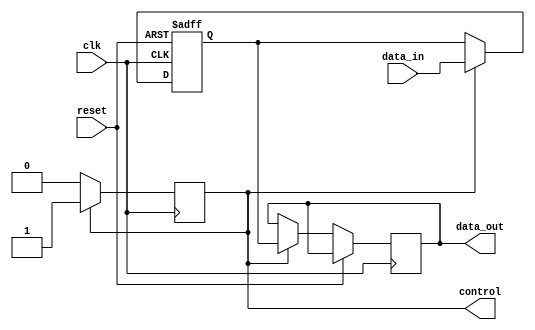
module io_buffer (
    input wire clk,
    input wire reset,
    input wire data_in,
    output reg data_out,
    output reg control
);

reg buffer;

always @ (posedge clk or posedge reset) begin
    if (reset) begin
        buffer <= 1'b0;
    end else begin
        if (control) begin
            buffer <= data_in;
            data_out <= buffer;
        end
    end
end

always @ (posedge clk) begin
    if (control) begin
        control <= 1'b1;
    end else begin
        control <= 1'b0;
    end
end

endmodule